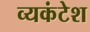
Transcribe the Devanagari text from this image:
व्यकंटेश